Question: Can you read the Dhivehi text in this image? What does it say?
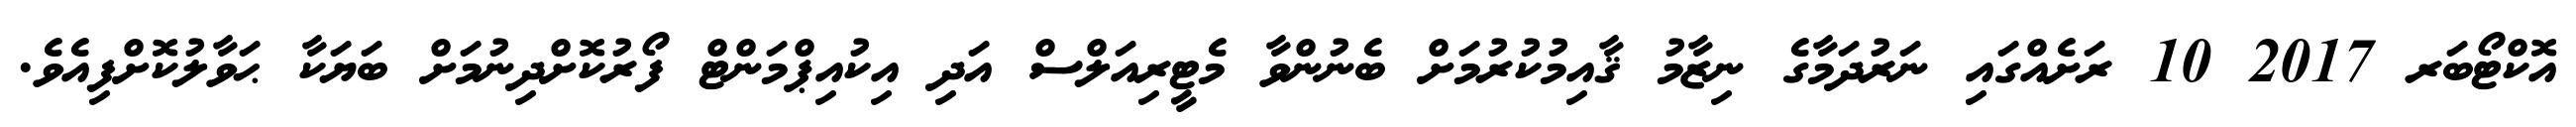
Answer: އޮކްޓޯބަރ 2017 10 ރަށެއްގައި ނަރުދަމާގެ ނިޒާމު ޤާއިމުކުރުމަށް ބެނުންވާ މެޓީރިއަލްސް އަދި އިކުއިޕްމަންޓް ފޯރުކޮށްދިނުމަށް ބަޔަކާ ޙަވާލުކޮށްފިއެވެ.